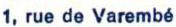
1.rue de Varembé